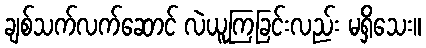
ချစ်သက်လက်ဆောင် လဲယူကြခြင်းလည်း မရှိသေး။